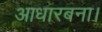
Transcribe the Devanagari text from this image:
आधारबना।